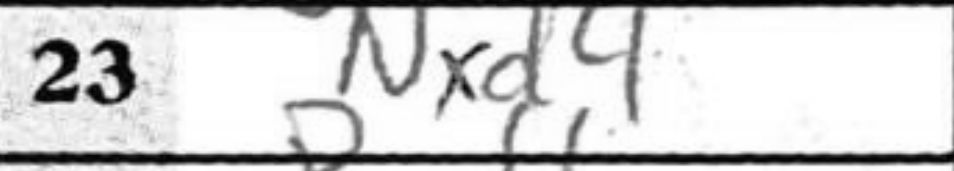
Transcription: Nxd4